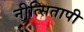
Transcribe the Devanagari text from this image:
नीत्सितापी